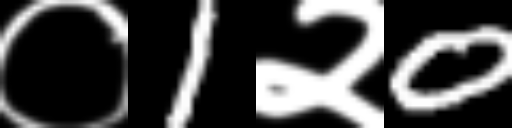
Text: ०1२0